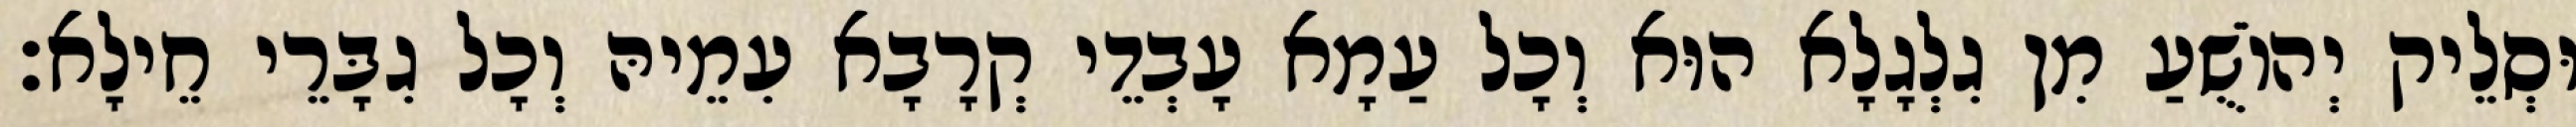
וּסְלֵיק יְהוֹשֻׁעַ מִן גִלְגָלָא הוּא וְכָל עַמָא עָבְדֵי קְרָבָא עִמֵיהּ וְכָל גִבָּרֵי חֵילָא׃